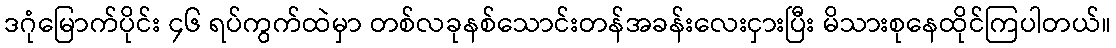
ဒဂုံမြောက်ပိုင်း ၄၆ ရပ်ကွက်ထဲမှာ တစ်လခုနစ်သောင်းတန်အခန်းလေးငှားပြီး မိသားစုနေထိုင်ကြပါတယ်။